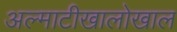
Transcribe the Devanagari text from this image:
अल्माटीखालोखाल